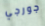
جورجي